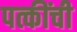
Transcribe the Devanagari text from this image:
पत्कींची